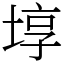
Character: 埻